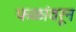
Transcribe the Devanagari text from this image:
फळांवरून